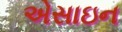
એસાઇન